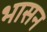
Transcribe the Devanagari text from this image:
भासन